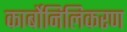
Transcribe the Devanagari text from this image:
कार्बोनिलिकरण